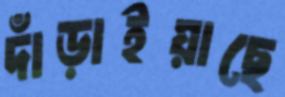
দাঁড়াইয়াছে